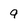
Character: 9